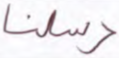
رسلنا